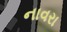
નાવરા